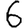
Digit: 6